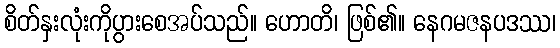
စိတ်နှးလုံးကိုပွားစေအပ်သည်။ ဟောတိ၊ ဖြစ်၏။ နေဂမဇနပဒဿ၊